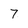
Character: 7